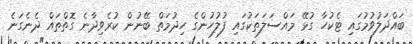
ބައްދަލުވުމުގައި ޓެކުހާ ގުޅޭ މައްސަލަތަކުގައި ފުލުހުންގެ ހިދުމަތް ބޭނުން ކުރެވިދާނެ ގޮތްތައް ދެނެގަނެ